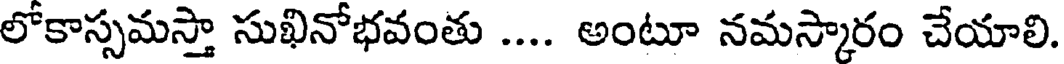
లోకాస్సమస్తా సుఖినోభవంతు .... అంటూ నమస్కారం చేయాలి